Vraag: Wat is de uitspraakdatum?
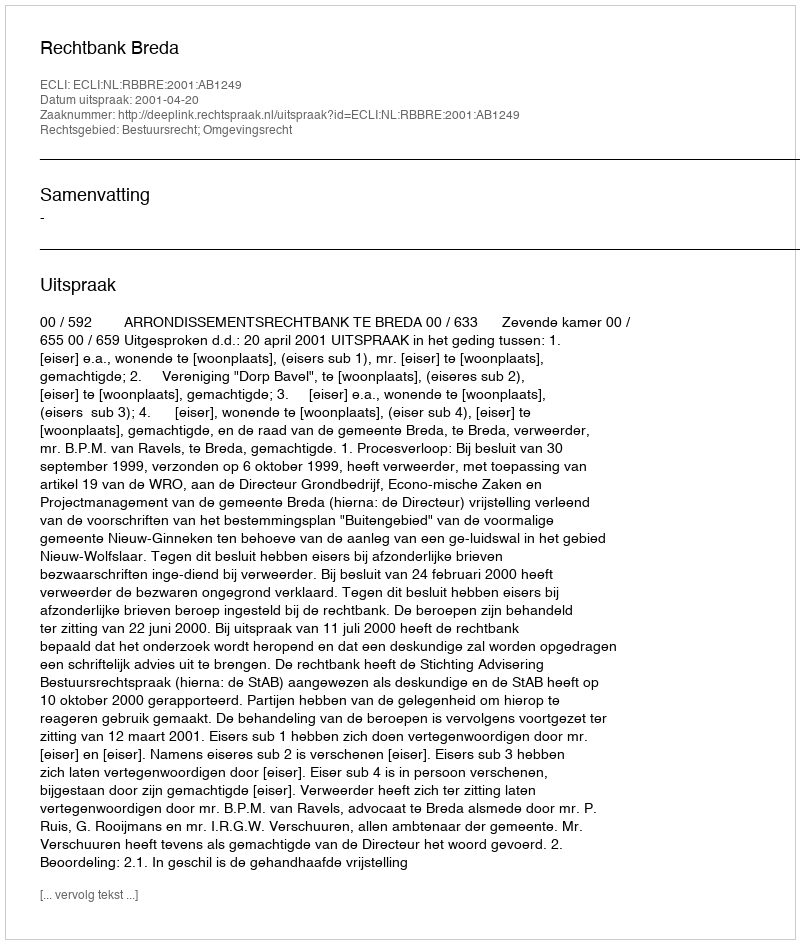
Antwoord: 2001-04-20